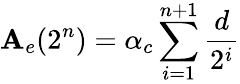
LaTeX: \mathbf{A}_{e}(2^{n})=\alpha_{c}\sum_{i=1}^{n+1}\frac{{d}}{{2^{i}}}